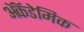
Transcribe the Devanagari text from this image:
ॲकॅडेमिक